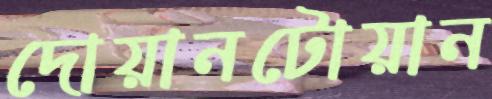
দোয়ানটোয়ান